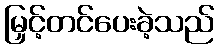
မြှင့်တင်ပေးခဲ့သည်